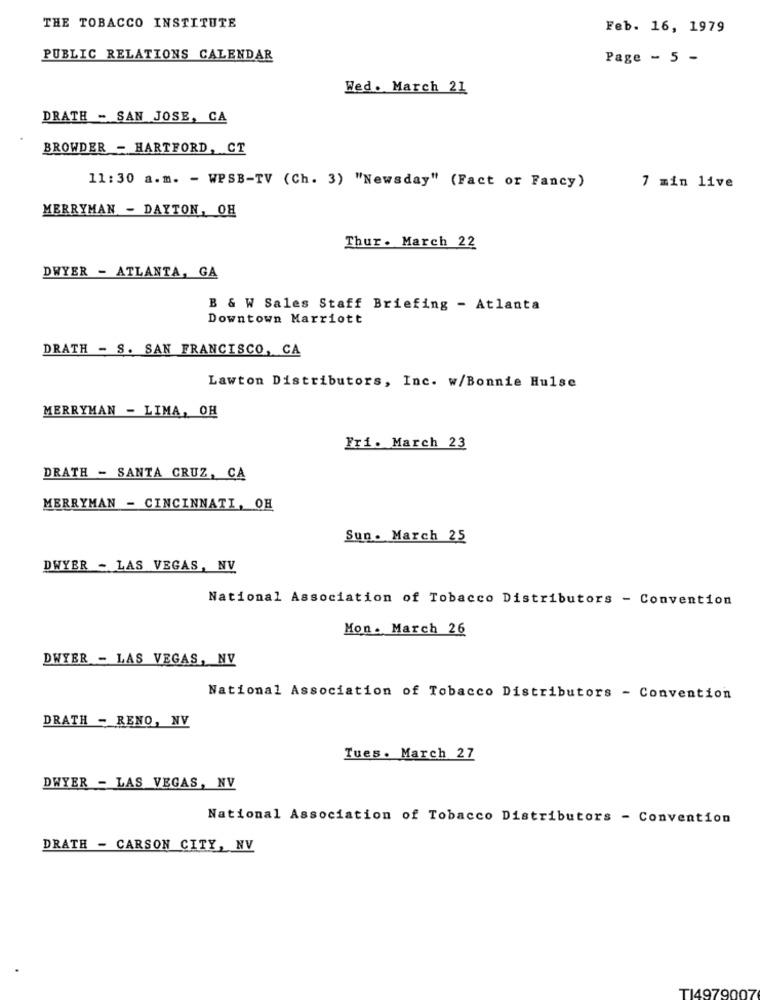
THE TOBACCO INSTITUTE
Feb. 16, 1979
PUBLIC RELATIONS CALENDAR
Page - 5 -
Wed. March 21
DRATH - SAN JOSE, CA
BROWDER - HARTFORD, CT
11:30 a.m. - WPSB-TV (Ch. 3) "Newsday" (Fact or Fancy)
7 min live
MERRYMAN - DAYTON, OH
Thur. March 22
DWYER - ATLANTA, GA
B & W Sales Staff Briefing - Atlanta
Downtown Marriott
DRATH - S. SAN FRANCISCO, CA
Lawton Distributors, Inc. w/Bonnie Hulse
MERRYMAN - LIMA, OH
Fri. March 23
DRATH - SANTA CRUZ, CA
MERRYMAN - CINCINNATI, OH
Sun. March 25
DWYER - LAS VEGAS, NV
National Association of Tobacco Distributors - Convention
Mon. March 26
DWYER - LAS VEGAS, NV
National Association of Tobacco Distributors - Convention
DRATH - RENO, NV
Tues. March 27
DWYER - LAS VEGAS, NV
National Association of Tobacco Distributors - Convention
DRATH - CARSON CITY, NV
TI4979007